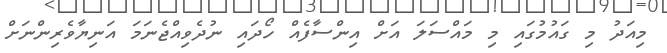
މިއަދު މި ގައުމުގައި މި މައްސަލަ އަށް އިންސާފެއް ހޯދައި ނުދެވިއްޖެނަމަ އަނިޔާވެރިންނަށް